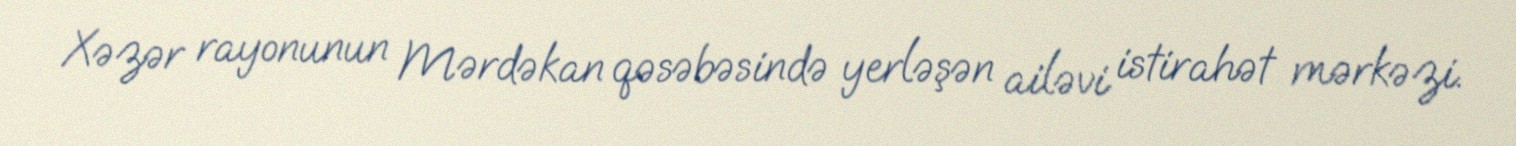
Xəzər rayonunun Mərdəkan qəsəbəsində yerləşən ailəvi istirahət mərkəzi.